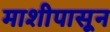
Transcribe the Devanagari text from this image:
माशीपासून